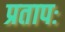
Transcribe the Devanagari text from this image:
प्रतापः